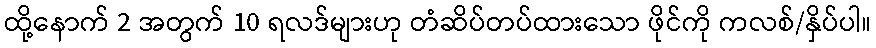
ထို့နောက် 2 အတွက် 10 ရလဒ်များဟု တံဆိပ်တပ်ထားသော ဖိုင်ကို ကလစ်/နှိပ်ပါ။